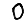
Digit: 0